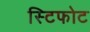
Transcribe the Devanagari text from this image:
स्टिफोट